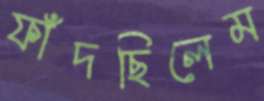
ফাঁদছিলেম